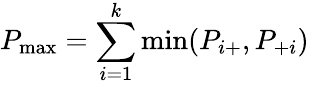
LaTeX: P_{\operatorname*{max}}=\sum_{i=1}^{k}\operatorname*{min}(P_{i+},P_{+i})